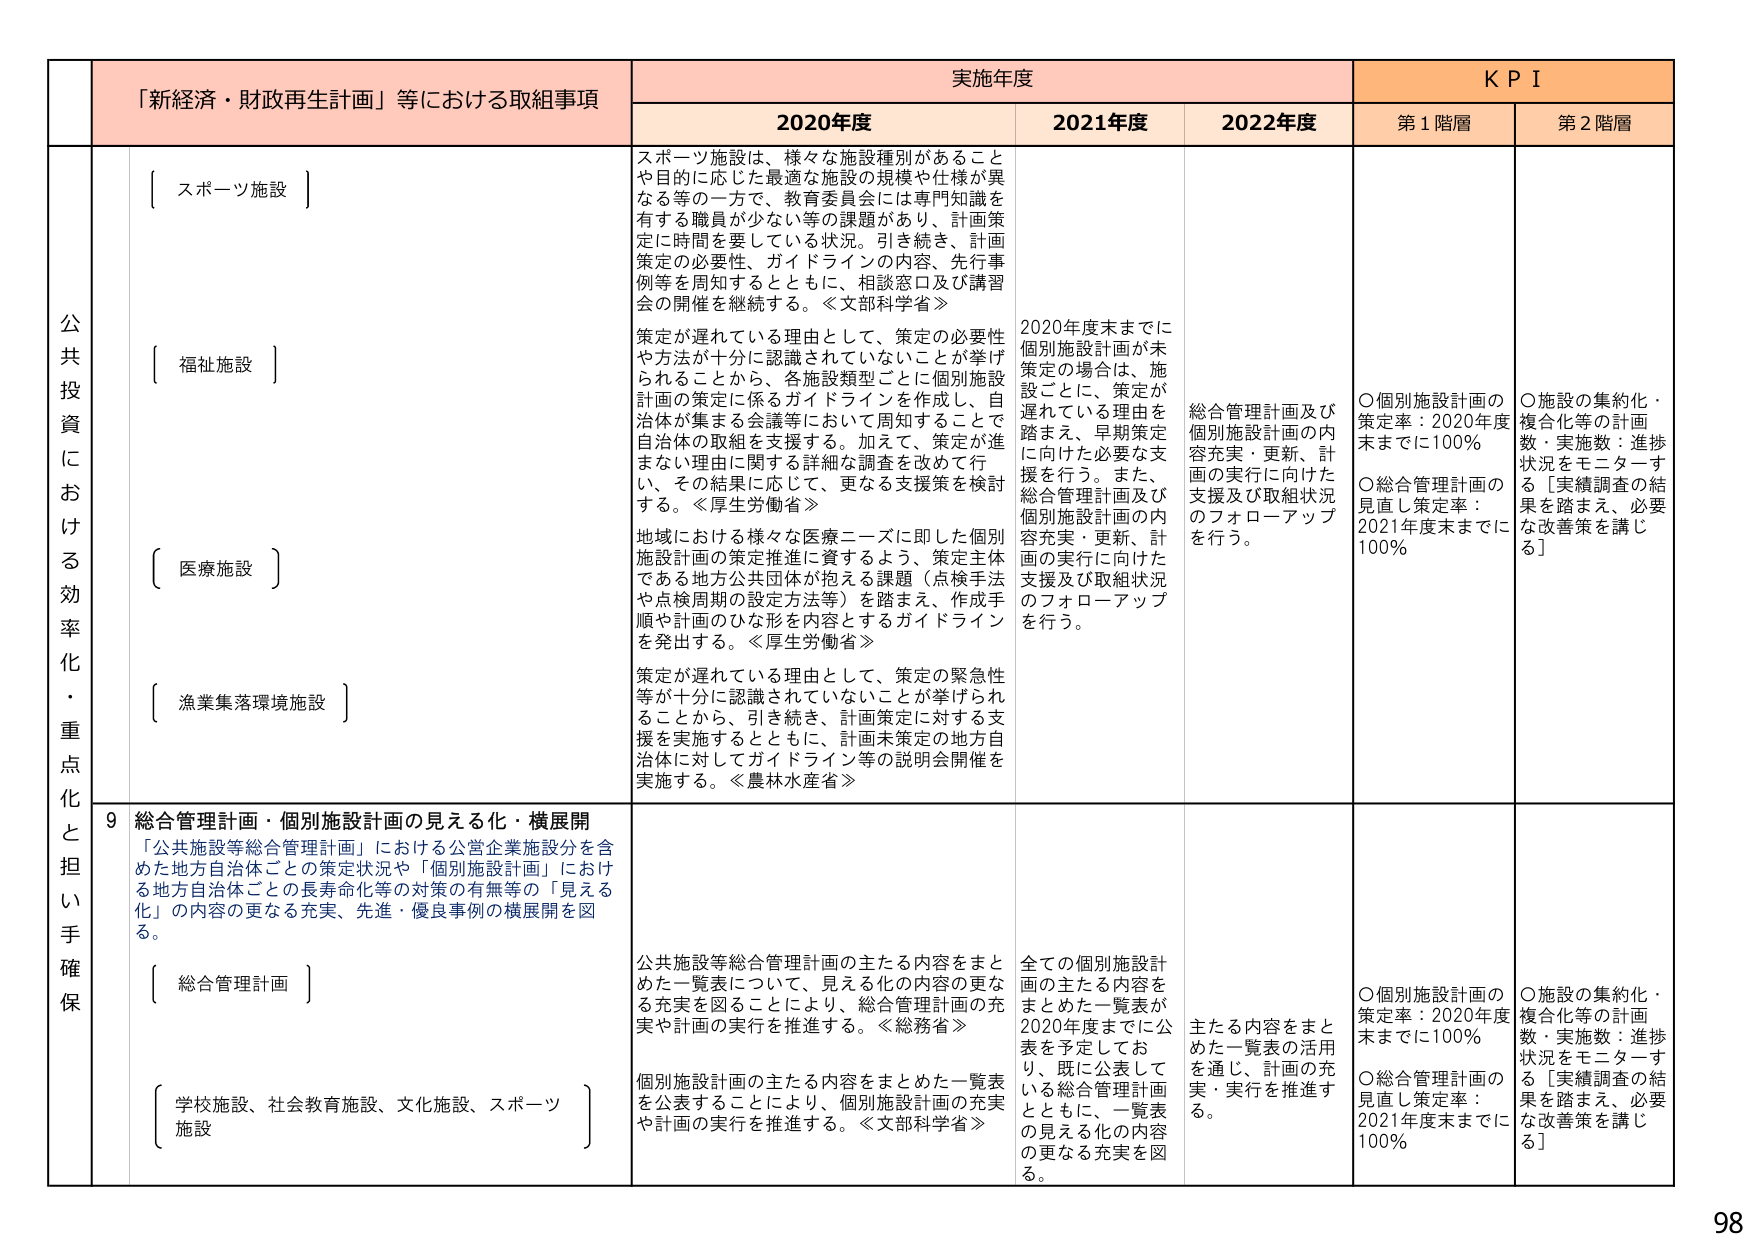
「新経済・財政再生計画」等における取組事項
実施年度
KPI

2020年度
2021年度
2022年度
第1階層
第2階層

公共投資における効率化・重点化と担い手確保

〔 スポーツ施設 〕
スポーツ施設は、様々な施設種別があることや目的に応じた最適な施設の規模や仕様が異なる等の一方で、教育委員会には専門知識を有する職員が少ない等の課題があり、計画策定に時間を要している状況。引き続き、計画策定の必要性、ガイドラインの内容、先行事例等を周知するとともに、相談窓口及び講習会の開催を継続する。≪文部科学省≫

〔 福祉施設 〕
策定が遅れている理由として、策定の必要性や方法が十分に認識されていないことが挙げられることから、各施設類型ごとに個別施設計画の策定に係るガイドラインを作成し、自治体が集まる会議等において周知することで自治体の取組を支援する。加えて、策定が進まない理由に関する詳細な調査を改めて行い、その結果に応じて、更なる支援策を検討する。≪厚生労働省≫

〔 医療施設 〕
地域における様々な医療ニーズに即した個別施設計画の策定推進に資するよう、策定主体である地方公共団体が抱える課題（点検手法や点検周期の設定方法等）を踏まえ、作成手順や計画のひな形を内容とするガイドラインを発出する。≪厚生労働省≫

〔 漁業集落環境施設 〕
策定が遅れている理由として、策定の緊急性等が十分に認識されていないことが挙げられることから、引き続き、計画策定に対する支援を実施するとともに、計画未策定の地方自治体に対してガイドライン等の説明会開催を実施する。≪農林水産省≫

2021年度
2020年度末までに個別施設計画が未策定の場合は、施設ごとに、策定が遅れている理由を踏まえ、早期策定に向けた必要な支援を行う。また、総合管理計画及び個別施設計画の内容充実・更新、計画の実行に向けた支援及び取組状況のフォローアップを行う。

2022年度
総合管理計画及び個別施設計画の内容充実・更新、計画の実行に向けた支援及び取組状況のフォローアップを行う。

第1階層
〇個別施設計画の策定率：2020年度末までに100％
〇総合管理計画の見直し策定率：2021年度末までに100％

第2階層
〇施設の集約化・複合化等の計画数・実施数：進捗状況をモニターする［実績調査の結果を踏まえ、必要な改善策を講じる］

9 総合管理計画・個別施設計画の見える化・横展開
「公共施設等総合管理計画」における公営企業施設分を含めた地方自治体ごとの策定状況や「個別施設計画」における地方自治体ごとの長寿命化等の対策の有無等の「見える化」の内容の更なる充実、先進・優良事例の横展開を図る。

〔 総合管理計画 〕
公共施設等総合管理計画の主たる内容をまとめた一覧表について、見える化の内容の更なる充実を図ることにより、総合管理計画の充実や計画の実行を推進する。≪総務省≫

〔 学校施設、社会教育施設、文化施設、スポーツ施設 〕
個別施設計画の主たる内容をまとめた一覧表を公表することにより、個別施設計画の充実や計画の実行を推進する。≪文部科学省≫

2021年度
全ての個別施設計画の主たる内容をまとめた一覧表が2020年度末までに公表を予定しており、既に公表している総合管理計画とともに、一覧表の見える化の内容の更なる充実を図る。

2022年度
主たる内容をまとめた一覧表の活用を通じ、計画の充実・実行を推進する。

第1階層
〇個別施設計画の策定率：2020年度末までに100％
〇総合管理計画の見直し策定率：2021年度末までに100％

第2階層
〇施設の集約化・複合化等の計画数・実施数：進捗状況をモニターする［実績調査の結果を踏まえ、必要な改善策を講じる］

98